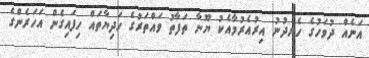
އަނެއް ދުވަހުގެ ހެނދުނު އިރުއެރުމާއެކު ޔޫނާ ތަފާތު ވައްތަރުގެ ހަދިޔާތައް ހިފައިގެން އަހަރެންގެ